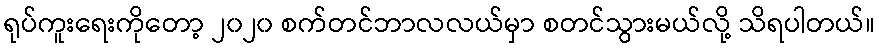
ရုပ်ကူးရေးကိုတော့ ၂၀၂၀ စက်တင်ဘာလလယ်မှာ စတင်သွားမယ်လို့ သိရပါတယ်။